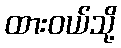
ထားဝယ်သို့